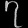
Digit: ၇